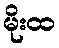
မိုးထ